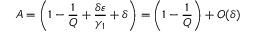
A = \left( 1 - \frac { 1 } { Q } + \frac { \delta \varepsilon } { \gamma _ { 1 } } + \delta \right) = \left( 1 - \frac { 1 } { Q } \right) + O ( \delta )